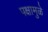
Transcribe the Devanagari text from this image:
पक्षामुळे